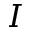
I